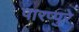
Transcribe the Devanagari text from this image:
पारप्पुरे